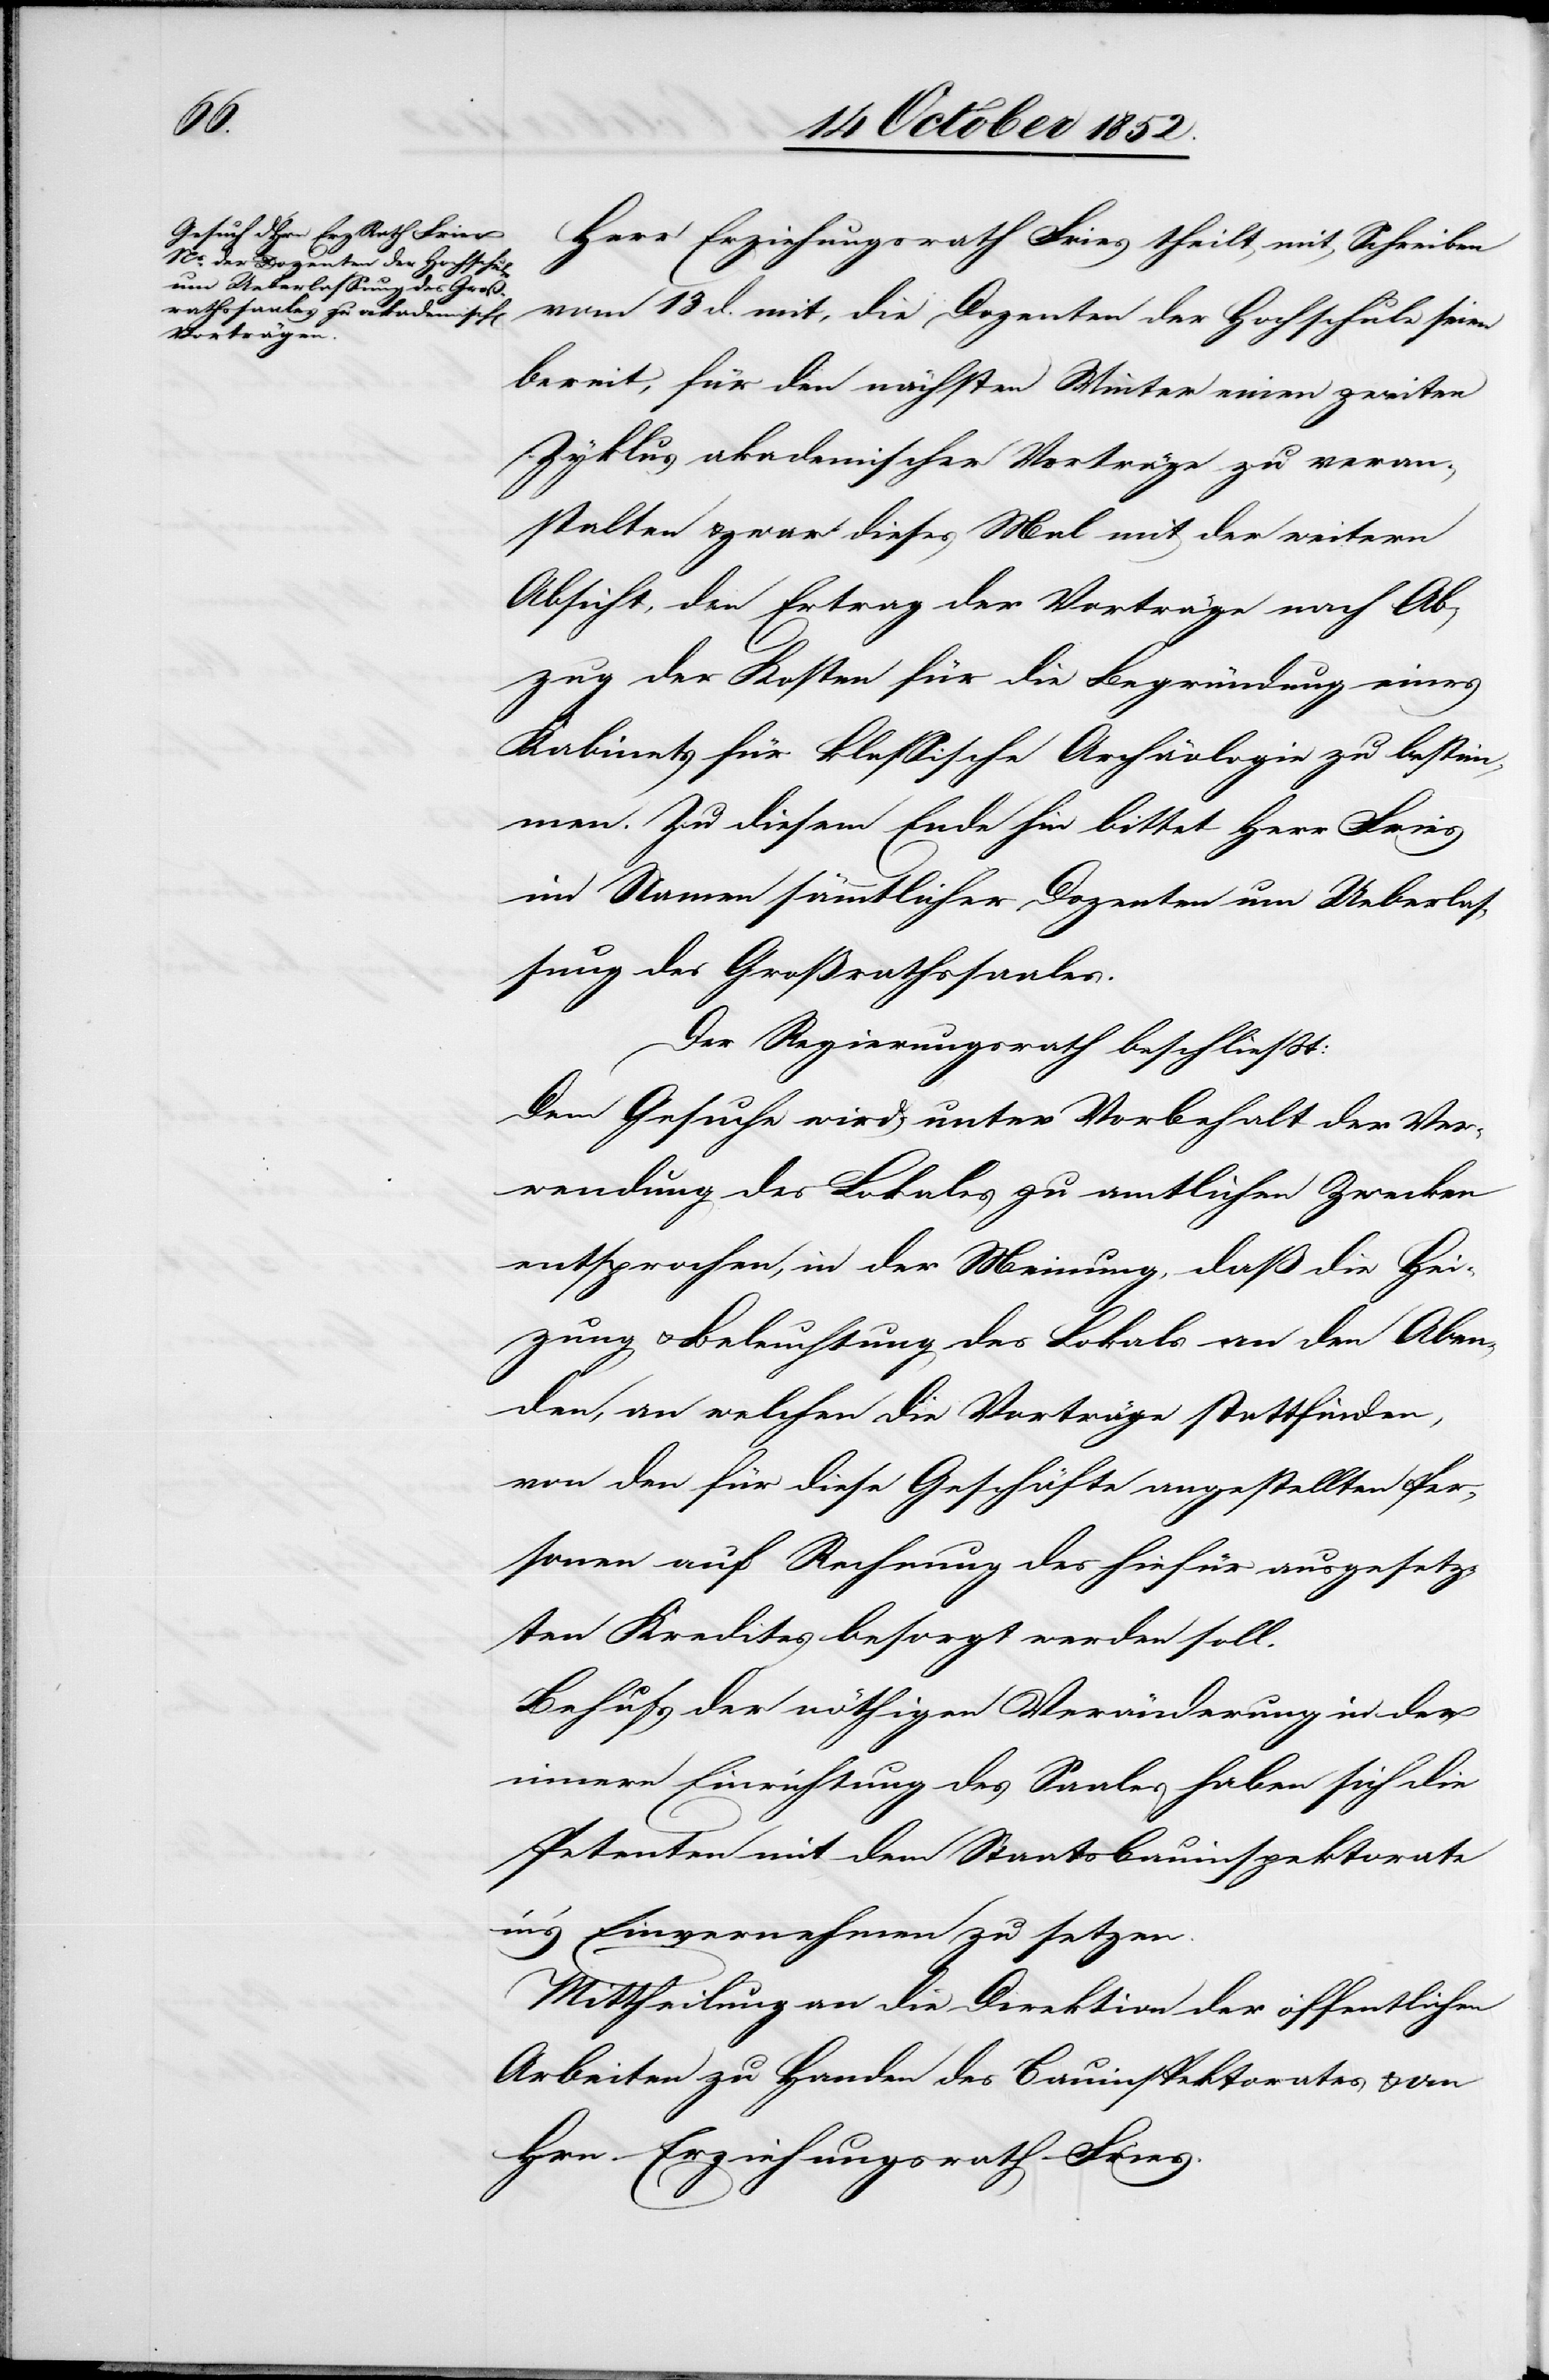
Herr Erziehungsrath Fries theilt mit Schreiben
vom 13 d. mit, die Dozenten der Hochschule seien
bereit, für den nächsten Winter einen zweiten
Zyklus akademischer Vorträge zu veran¬
stalten & zwar dieses Mal mit der weitern
Absicht, den Ertrag der Vorträge nach Ab¬
zug der Kosten für die Begründung eines
Kabinets für klassische Archäologie zu bestim¬
men. Zu diesem Ende hin bittet Herr Fries
im Namen sämmtlicher Dozenten um Ueberlas¬
sung des Großrathssaales.
Der Regierungsrath beschließt:
Dem Gesuche wird unter Vorbehalt der Ver¬
wendung des Lokales zu amtlichen Zwecken
entsprochen, in der Meinung, daß die Hei¬
zung & Beleuchtung des Lokals an den Aben¬
den, an welchen die Vorträge stattfinden,
von den für diese Geschäfte angestellten Per¬
sonen auf Rechnung des hiefür ausgesetz¬
ten Kredites besorgt werden soll.
Behufs der nöthigen Veränderung in der
innern Einrichtung des Saales haben sich die
Petenten mit dem Staatsbauinspektorate
in’s Einvernehmen zu setzen.
Mittheilung an die Direktion der öffentlichen
Arbeiten zu Handen des Bauinspektorates & an
Hrn. Erziehungsrath Fries.